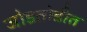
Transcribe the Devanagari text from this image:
जोडतोडीत